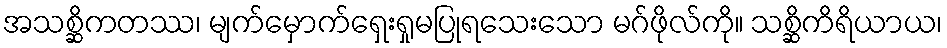
အသစ္ဆိကတဿ၊ မျက်မှောက်ရှေးရှုမပြုရသေးသော မဂ်ဖိုလ်ကို။ သစ္ဆိကိရိယာယ၊